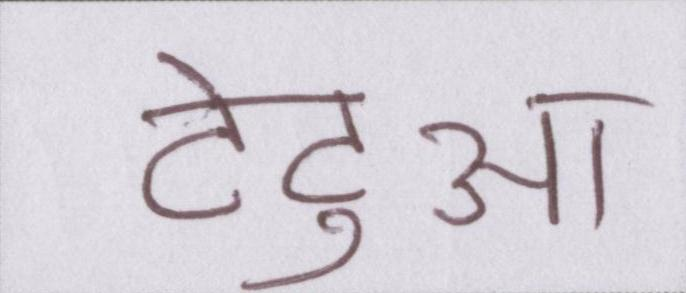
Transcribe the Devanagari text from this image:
टेंटुआ